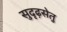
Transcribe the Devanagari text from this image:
सुदृढ़सेतु